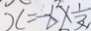
x = - 6 ^ { 2 } \times \frac { 1 } { 2 }